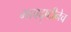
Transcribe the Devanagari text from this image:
भावदृष्टीनेच